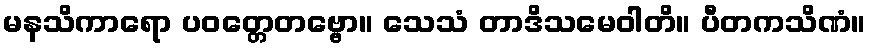
မနသိကာရော ပဝတ္တေတဗ္ဗော။ သေသံ တာဒိသမေဝါတိ။ ပီတကသိဏံ။